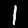
Digit: 1